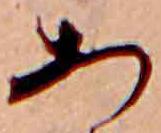
あ